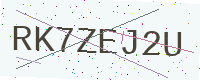
Text: RK7ZEJ2U